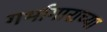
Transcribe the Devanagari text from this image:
गर्भागाराच्या